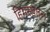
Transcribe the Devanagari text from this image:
हिमस्खलन।